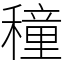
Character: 穜